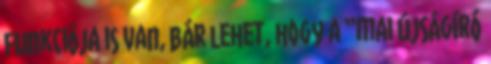
funkciója is van, bár lehet, hogy a “mai újságíró